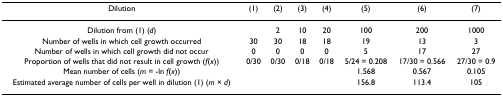
<table><thead><tr><td><b>Dilution</b></td><td><b>(1)</b></td><td><b>(2)</b></td><td><b>(3)</b></td><td><b>(4)</b></td><td><b>(5)</b></td><td><b>(6)</b></td><td><b>(7)</b></td></tr></thead><tbody><tr><td>Dilution from (1) (<i>d</i>)</td><td></td><td>2</td><td>10</td><td>20</td><td>100</td><td>200</td><td>1000</td></tr><tr><td>Number of wells in which cell growth occurred</td><td>30</td><td>30</td><td>18</td><td>18</td><td>19</td><td>13</td><td>3</td></tr><tr><td>Number of wells in which cell growth did not occur</td><td>0</td><td>0</td><td>0</td><td>0</td><td>5</td><td>17</td><td>27</td></tr><tr><td>Proportion of wells that did not result in cell growth (<i>f</i>(<i>x</i>))</td><td>0/30</td><td>0/30</td><td>0/18</td><td>0/18</td><td>5/24 = 0.208</td><td>17/30 = 0.566</td><td>27/30 = 0.9</td></tr><tr><td>Mean number of cells (<i>m </i>= -ln <i>f</i>(<i>x</i>))</td><td></td><td></td><td></td><td></td><td>1.568</td><td>0.567</td><td>0.105</td></tr><tr><td>Estimated average number of cells per well in dilution (1) (<i>m </i>× <i>d</i>)</td><td></td><td></td><td></td><td></td><td>156.8</td><td>113.4</td><td>105</td></tr></tbody></table>